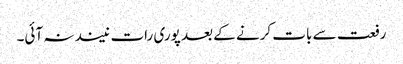
رفعت سے بات کرنے کے بعد پوری رات نیند نہ آئی۔